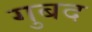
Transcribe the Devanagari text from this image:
गुबद